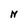
Character: N